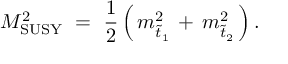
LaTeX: M _ { \mathrm { S U S Y } } ^ { 2 } \ = \ \frac { 1 } { 2 } \, \Big ( \, m _ { \tilde { t } _ { 1 } } ^ { 2 } \, + \, m _ { \tilde { t } _ { 2 } } ^ { 2 } \, \Big ) \, .